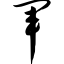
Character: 军